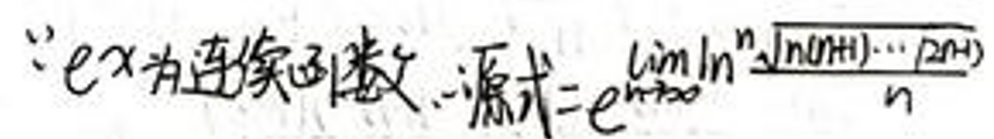
\(\because e^{x}\)为连续函数，原式\(=e^{\lim_{n \to \infty} \ln \frac{\ln(n!)\cdots(2n!)}{n}}\)